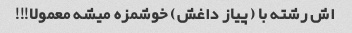
اش رشته با (پیاز داغش) خوشمزه میشه معمولا!!!